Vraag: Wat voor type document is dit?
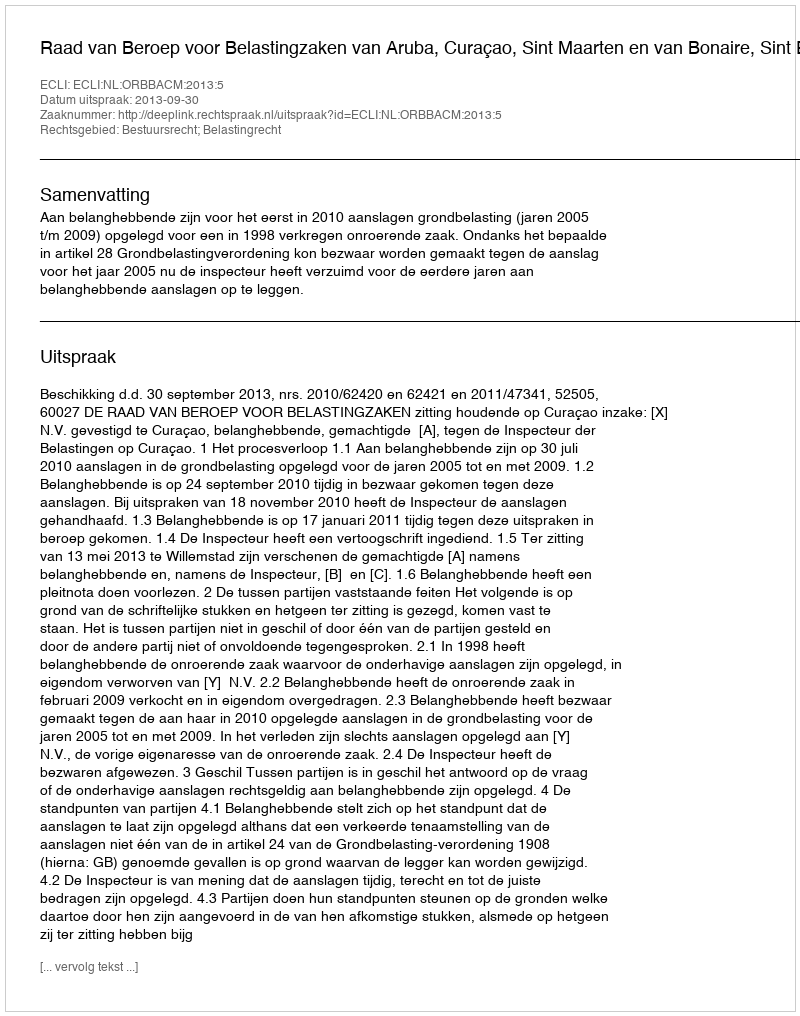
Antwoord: Uitspraak